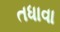
તધાવા